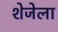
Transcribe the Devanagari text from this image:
शेजेला